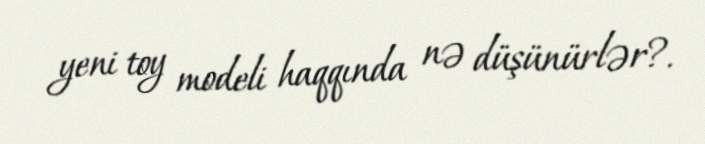
yeni toy modeli haqqında nə düşünürlər?.